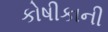
કોષીકાની